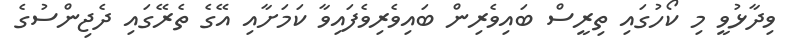
ވިދާޅުވީ މި ކޯހުގައި ތިރީސް ބައިވެރިން ބައިވެރިވެފައިވާ ކަމަށާއި އޭގެ ތެރޭގައި ދެޖިންސުގެ